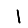
Digit: 1